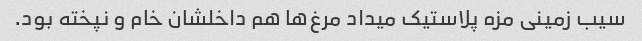
سیب زمینی مزه پلاستیک میداد مرغ‌ها هم داخلشان خام و نپخته بود.